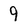
Character: 9